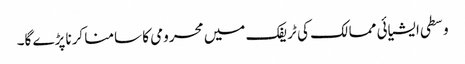
وسطی ایشیائی ممالک کی ٹریفک میں محرومی کا سامنا کرنا پڑے گا۔